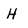
Character: H